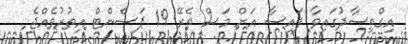
އިގްތިސާދުގައިވާ ފައިސާ އަށް މަސް ތެރޭ 19 ޕަސެންޓް އިތުރުވެއްޖެ